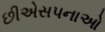
છીએસપનાઓ